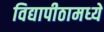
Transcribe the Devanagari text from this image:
विद्यापीठामध्‍ये